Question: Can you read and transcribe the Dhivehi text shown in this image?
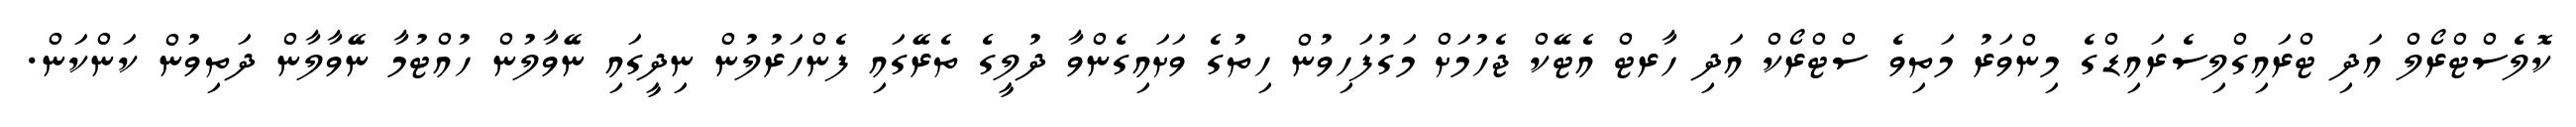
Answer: ކޮލެސްޓްރޯލް އަދި ޓްރައިގްލިސެރައިޑްގެ މިންވަރު މަތިވެ ސްޓްރޯކް އަދި ހާރޓް އެޓޭކް ޖެހުމަށް މަގުފަހިވުން ހިތުގެ ވަށައިގެންވާ ދުލީގެ ތެރޭގައި ފެންހަރުލުން ނިދީގައި ނޭވާލުން ހުއްޓުމާ ނޭވާލާން ދަތިވުން ކަންކަން.